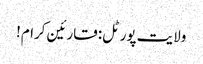
ولایت پورٹل: قارئین کرام!